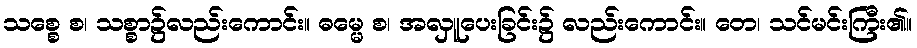
သစ္စေ စ၊ သစ္စာ၌လည်းကောင်း။ ဓမ္မေ စ၊ အလှူပေးခြင်း၌ လည်းကောင်း။ တေ၊ သင်မင်းကြီး၏။